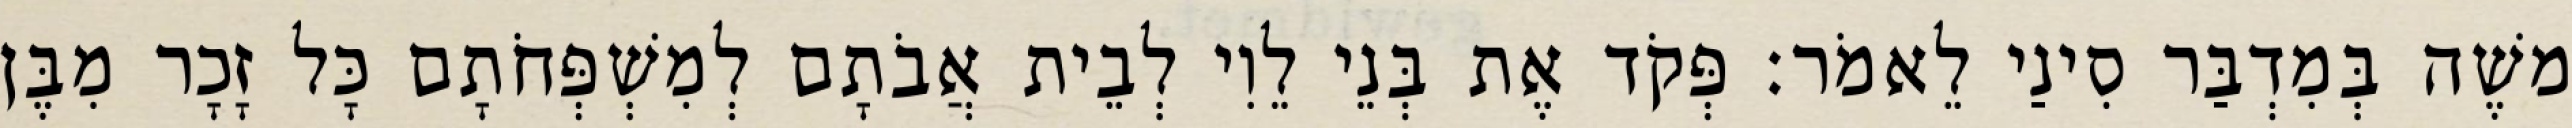
משֶׁה בְּמִדְבַּר סִינַי לֵאמֹר׃ פְּקֹד אֶת בְּנֵי לֵוִי לְבֵית אֲבֹתָם לְמִשְׁפְּחֹתָם כָּל זָכָר מִבֶּן